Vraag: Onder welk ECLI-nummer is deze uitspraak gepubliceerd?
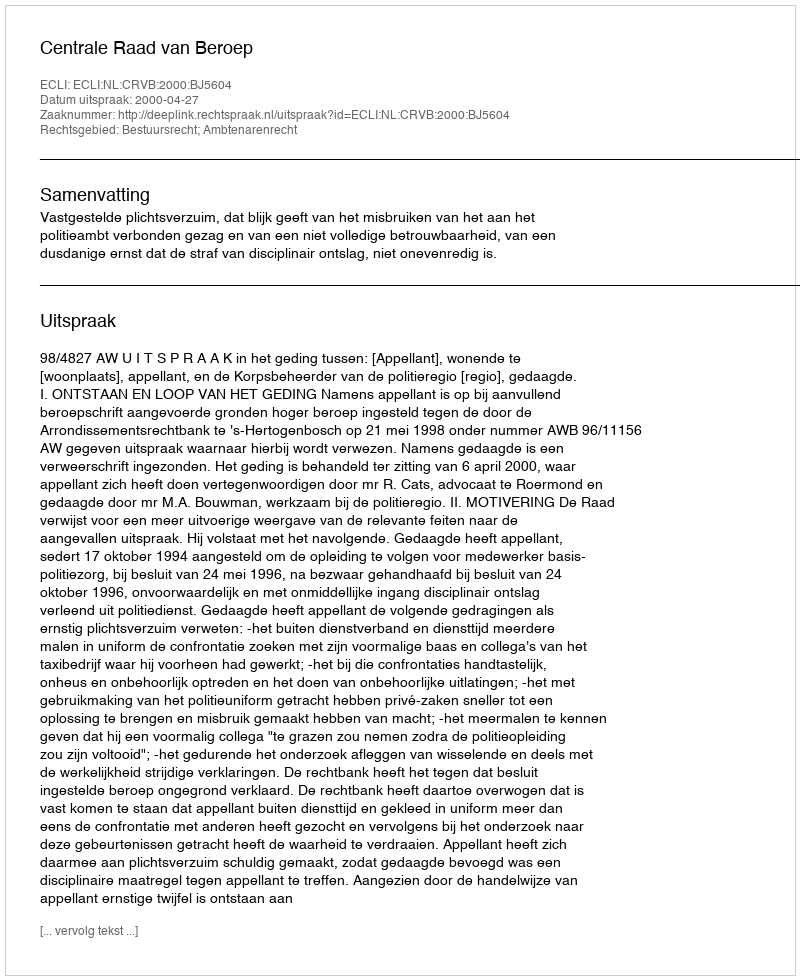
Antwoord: ECLI:NL:CRVB:2000:BJ5604